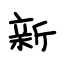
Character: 新